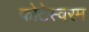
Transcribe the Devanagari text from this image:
कोटेस्वरम